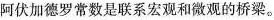
阿伏加德罗常数是联系宏观和微观的桥梁。